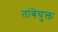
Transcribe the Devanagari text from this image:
तांबेयुक्त